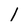
Character: 1